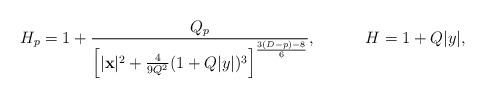
LaTeX: \begin{align*}H_p=1+{{Q_p}\over{\left[|{\bf x}|^2+{4\over{9Q^2}}(1+Q|y|)^3\right]^{{3(D-p)-8}\over 6}}},\ \ \ \ \ \ \ \ \ H=1+Q|y|,\end{align*}